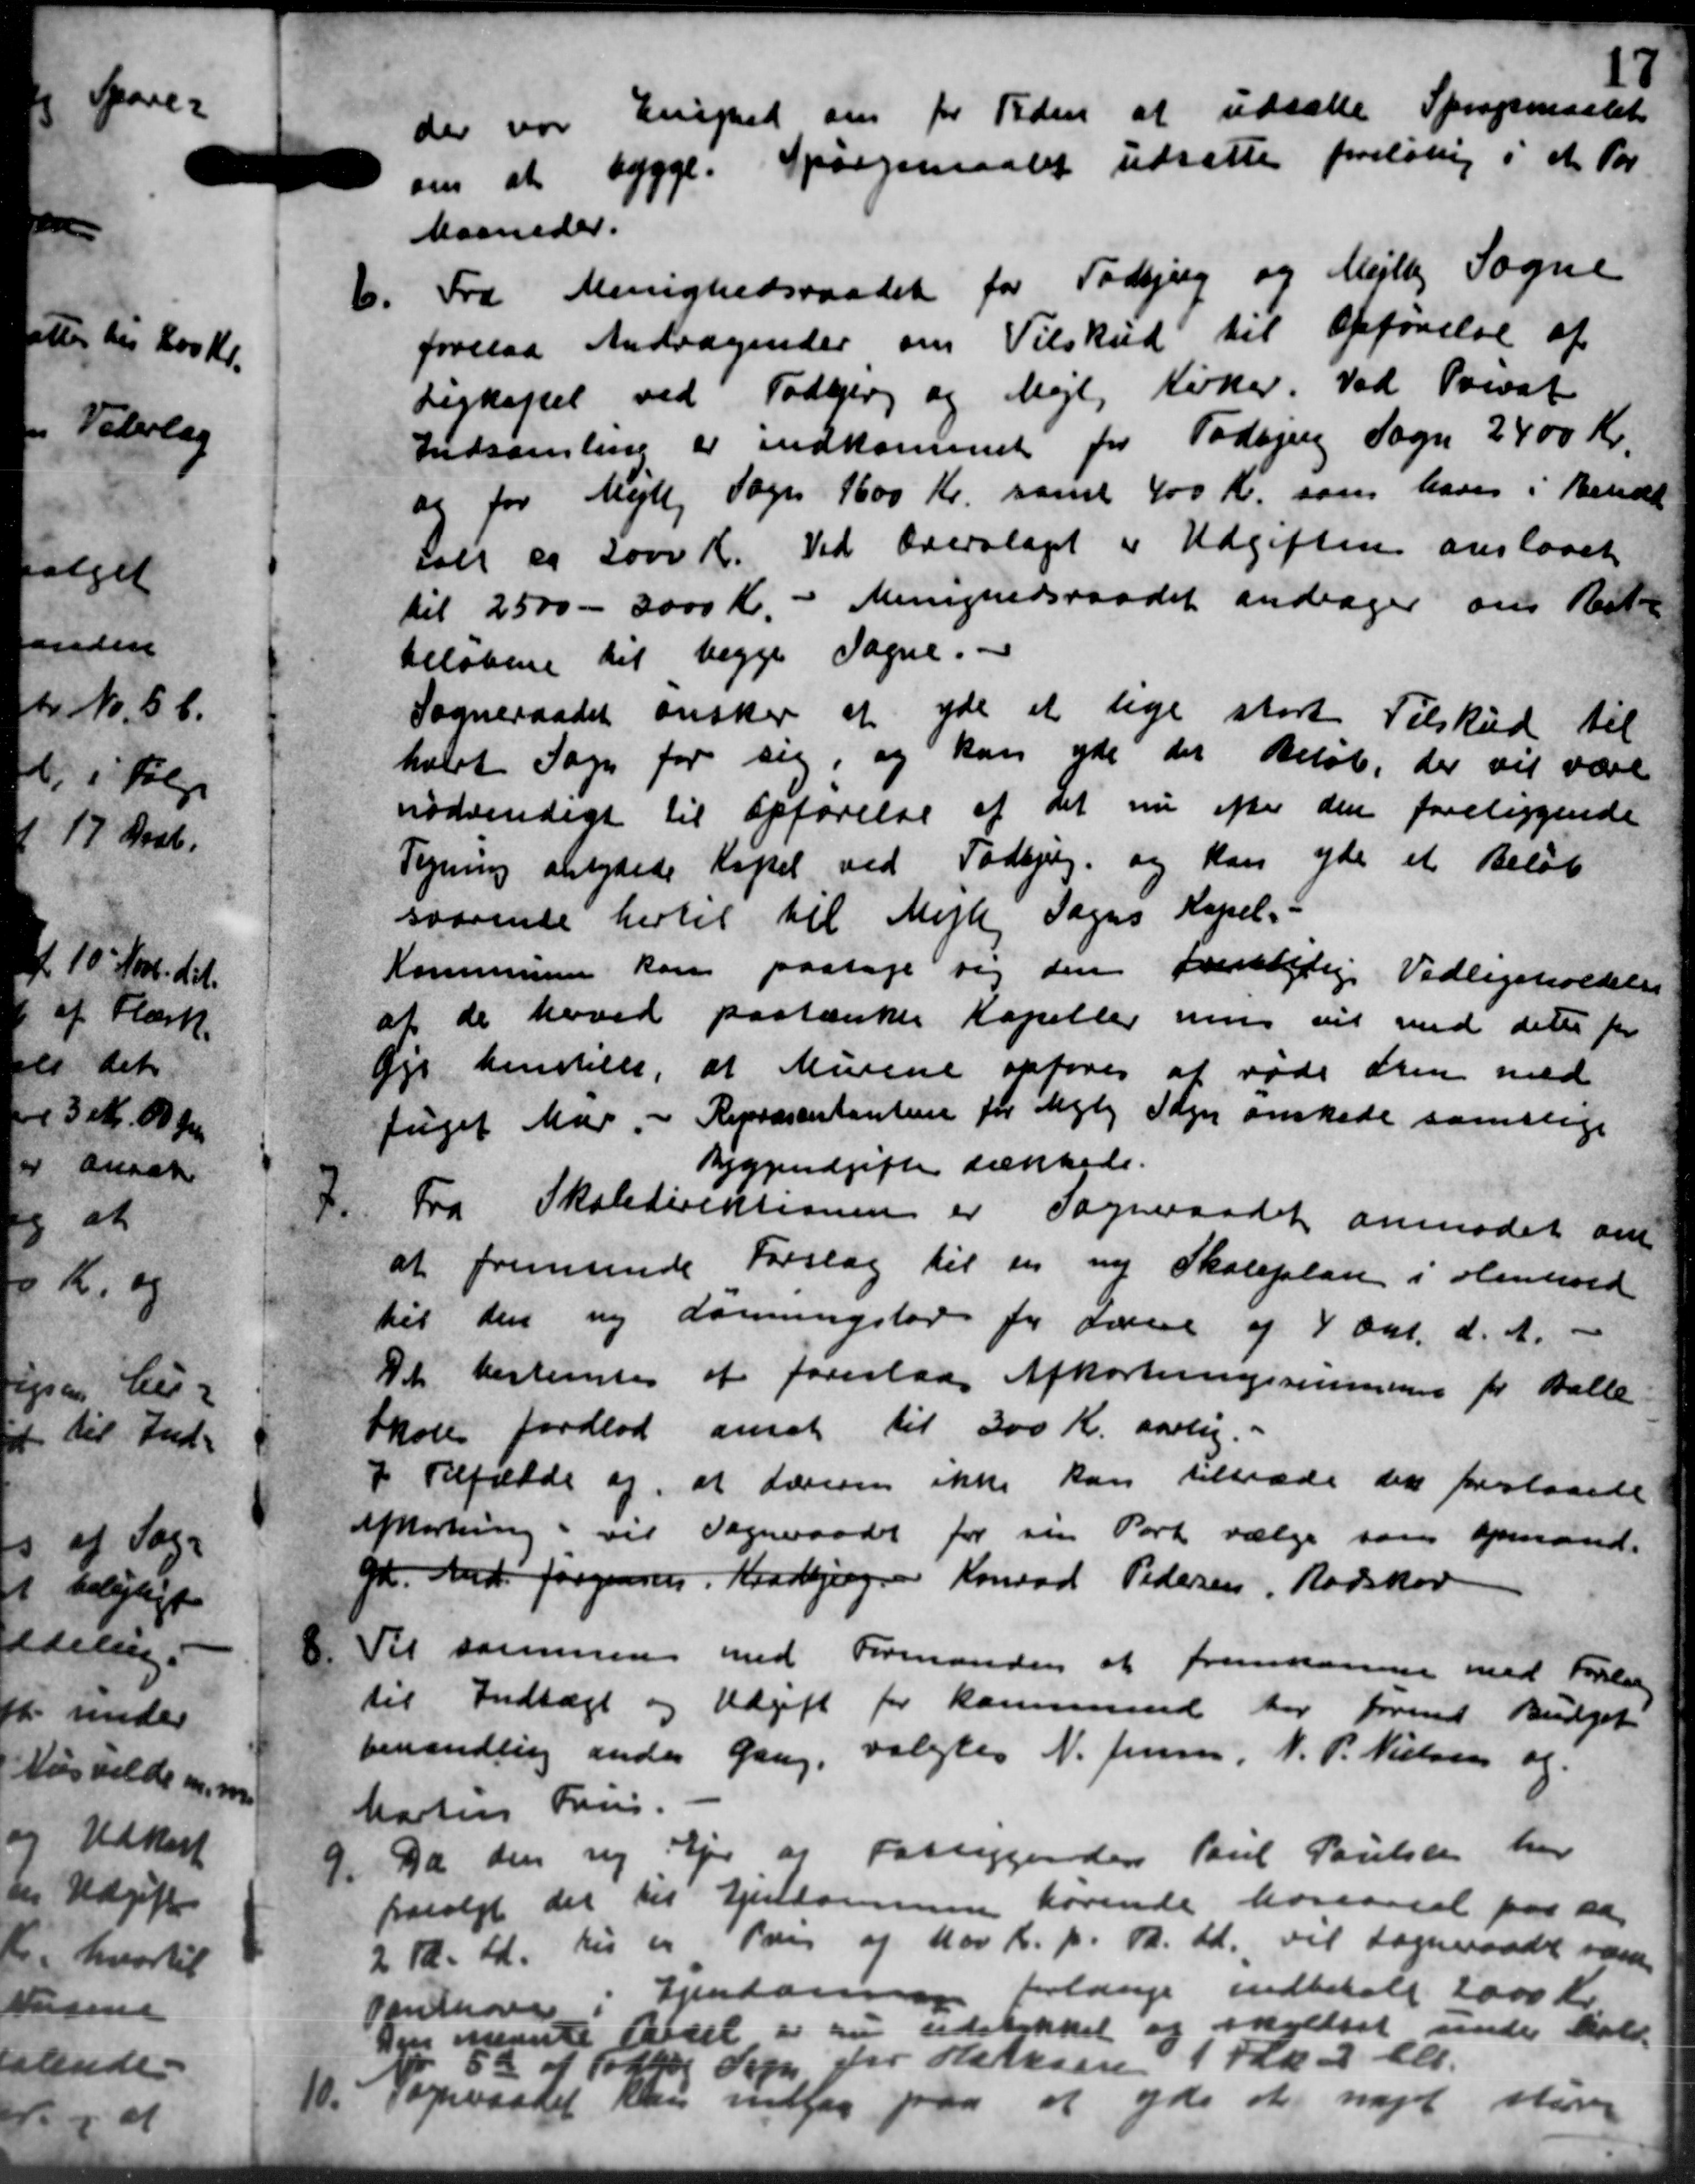
Transskription:
der var Enighed om for Tiden at udsætte Spørgsmaalet
om at bygge. Spørgsmaalet udsættes foreløbig i et Por
Maaneder.
6.
Fra Menighedsraadet for Todbjerg og Mejlby Sogne
forelaa Andragender om Tilskud til Opførelse af
Ligkapel ved Todbjerg og Mejl, Kirker. Ved Privat
Indsamling er indkommet for Todbjerg Sogn 2400 Kr.
og for Mejlby Sogn 1600 Kr. samt 400 Kr. som haves i Behdl
ialt og 2000 Kr. Ved Overslaget er Udgiften anslaaet
til 2500 - 3000 Kr. - Menighedsraadet andrager om Resta
beløbene til begge Sogne.
Sogneraadet ønsker at yde et lige stort Tilskud til
holdt Sogn for sig, og kan yde det Beløb, der vil være
nødvendigt til Opførelse af det nu efter den foreliggende
Tegning antydede Kapel ved Todbjerg og kan yde et Beløb
saarende hertil til Mejle Sogns Kapel.
Kommunen kan paatage sig den fremtidige Vedligeholdelse
at de hoved paatænkte Kapeller nu vil med dette for
Øje henstille, at Murene opføres at røde den med
fuget Mar. - Repræsentantene for Mejlby Sogn ønskede samtlige
syggeudgifter tækkede.
7.
Fra Skoledirektionen er Sogneraadet anmodet om
at fremsende Forslag til en ny Skoleplan i Henhold
til den ny donningslov for derne af 4 Okt. d. A.
Det bestemtes at foreslaa Afkortningssummen for Balle
Skole Jordlod ansat til 300 Kr. aarlig.
+ Tilfælde og at Lærerne ikke kan tiltræde der foreslaaede
Afkortning vil Sogneraadet for sin Port vælge som opmand.
gr. Andr. Jørgensen, Kradbjerg og Konrad Pedersen, Rodskov
8.
Til sammen med Formanden at fremkomne med Forelaa
til Indtægt og Udgift for kommune har forund Budget
behandling anden Gang, valgtes N. Jensen, N. P. Nielsen og
Martin Friis
9.
Da den ny sejer af Fattiggender Poul Poulsen har
pevalgt der til Ejendommen hørende Koreaaret paa sa
2 Td. Ld. her er i Par af 100 Kr. pr. Td. Ld., vil sogneraadet vare
Paution i Ejendomme forlange indbetalt 2000 Kr.
Den nævnte Parcel er nu udstykket og skyldtet under hol
 at Fattig Sogn for Hensen 1 Stk. 2 ell.
10.
Sogneraadet kan indlag paa at yde et noget skære